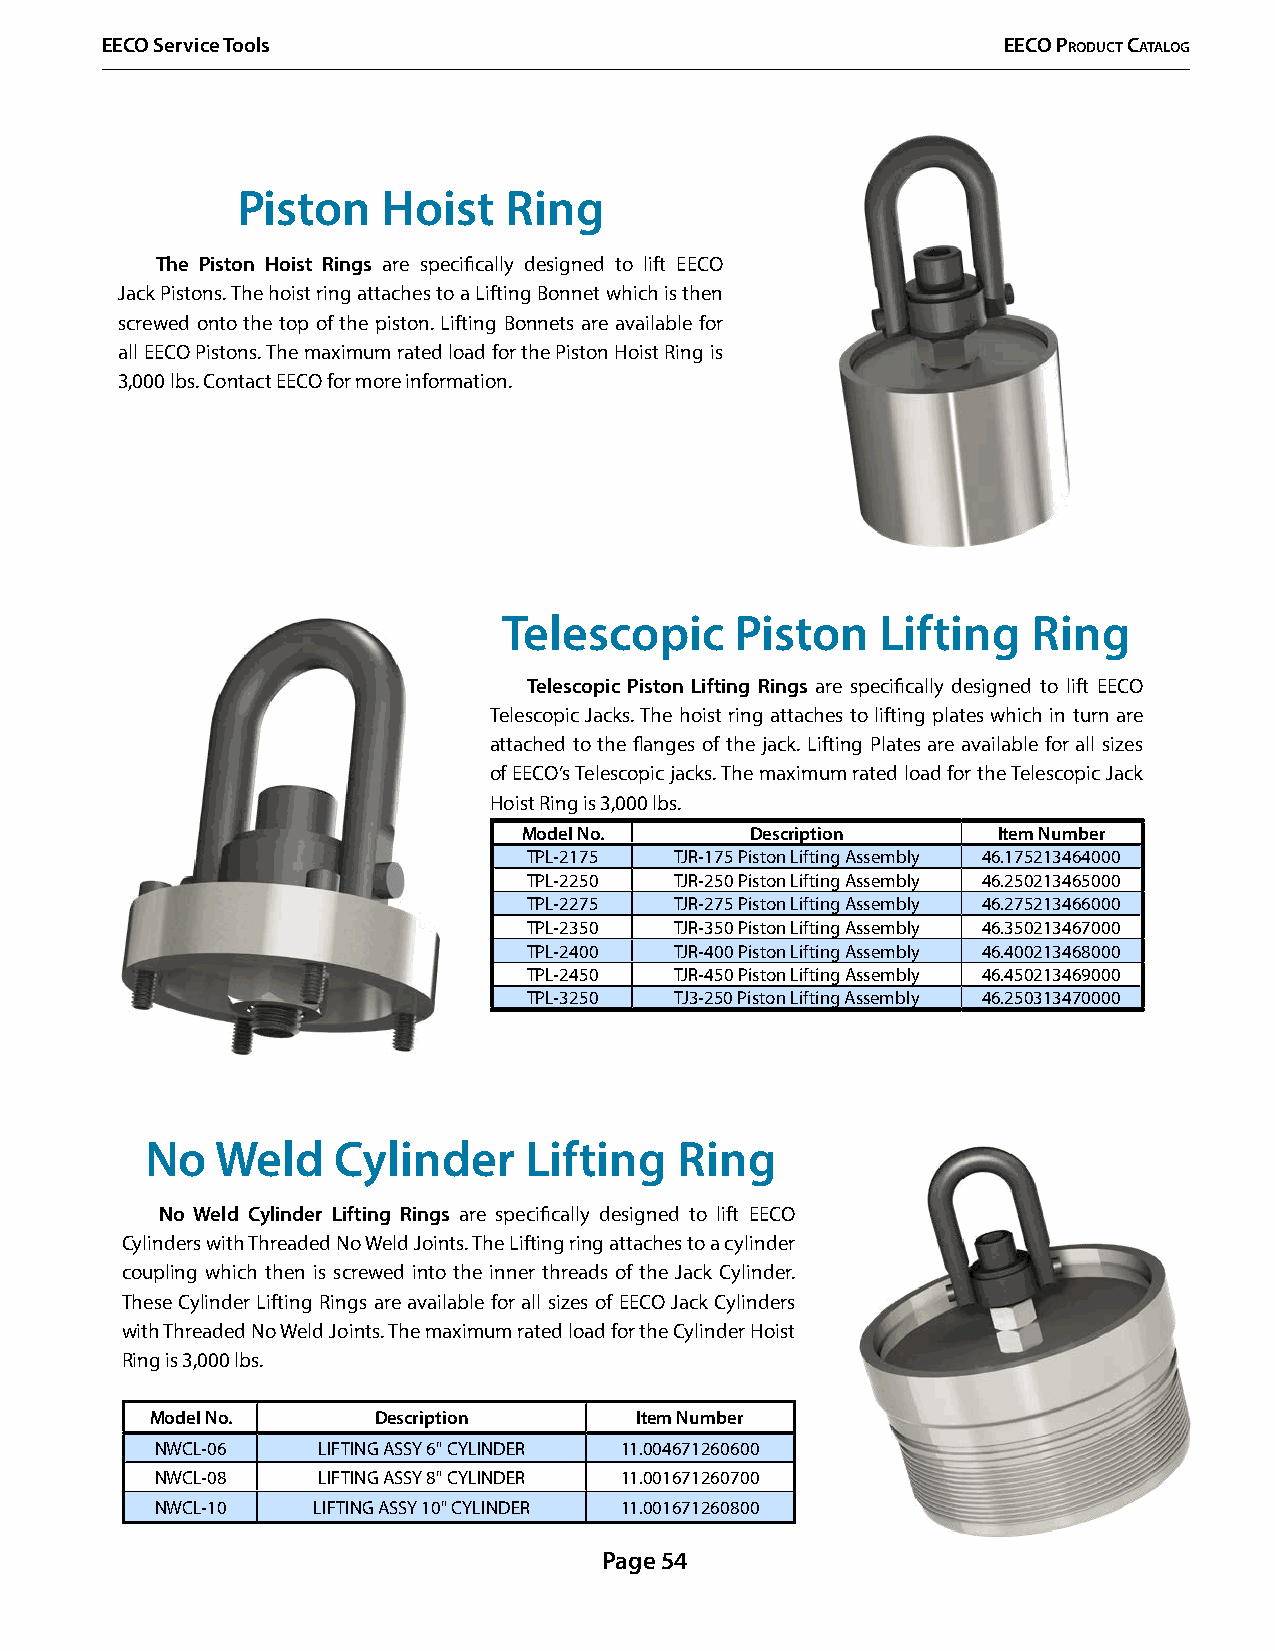
EECO Service Tools                                         EECO PrOduCt CatalOg
 Piston   Hoist   Ring
 The Piston Hoist Rings are specifically designed to lift EECO
 Jack Pistons. The hoist ring attaches to a Lifting Bonnet which is then
 screwed onto the top of the piston. Lifting Bonnets are available for
 all EECO Pistons. The maximum rated load for the Piston Hoist Ring is
 3,000 lbs. Contact EECO for more information.
 Telescopic      Piston   Lifting   Ring
 Telescopic Piston Lifting Rings are specifically designed to lift EECO
 Telescopic Jacks. The hoist ring attaches to lifting plates which in turn are
 attached to the flanges of the jack. Lifting Plates are available for all sizes
 of EECO’s Telescopic jacks. The maximum rated load for the Telescopic Jack
 Hoist Ring is 3,000 lbs.
 Model No.      Description     Item Number
 TPL-2175  TJR-175 Piston Lifting Assembly 46.175213464000
 TPL-2250  TJR-250 Piston Lifting Assembly 46.250213465000
 TPL-2275  TJR-275 Piston Lifting Assembly 46.275213466000
 TPL-2350  TJR-350 Piston Lifting Assembly 46.350213467000
 TPL-2400  TJR-400 Piston Lifting Assembly 46.400213468000
 TPL-2450  TJR-450 Piston Lifting Assembly 46.450213469000
 TPL-3250  TJ3-250 Piston Lifting Assembly 46.250313470000
 No  Weld    Cylinder     Lifting   Ring
 No Weld Cylinder Lifting Rings are specifically designed to lift EECO
 Cylinders with Threaded No Weld Joints. The Lifting ring attaches to a cylinder
 coupling which then is screwed into the inner threads of the Jack Cylinder.
 These Cylinder Lifting Rings are available for all sizes of EECO Jack Cylinders
 with Threaded No Weld Joints. The maximum rated load for the Cylinder Hoist
 Ring is 3,000 lbs.
 Model No.      Description      Item Number
 NWCL-06    LIFTING ASSY 6" CYLINDER 11.004671260600
 NWCL-08    LIFTING ASSY 8" CYLINDER 11.001671260700
 NWCL-10    LIFTING ASSY 10" CYLINDER 11.001671260800
 Page 54